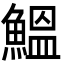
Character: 鰮